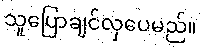
သူပြောချင်လှပေမည်။